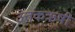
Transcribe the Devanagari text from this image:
उत्तंकऋषी